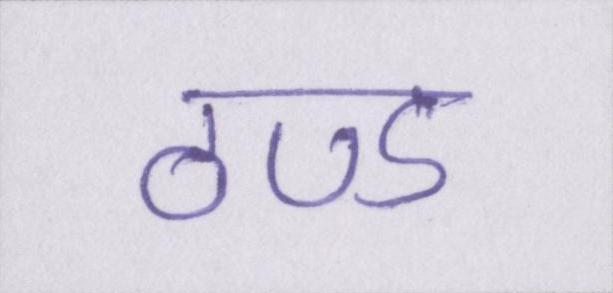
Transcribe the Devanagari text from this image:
ठण्ड